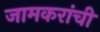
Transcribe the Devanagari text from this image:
जामकरांची